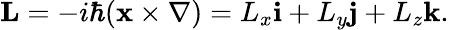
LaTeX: \mathbf{L}=-i\hbar(\mathbf{x}\times\mathbf{\nabla})=L_{x}\mathbf{i}+L_{y}\mathbf{j}+L_{z}\mathbf{k}.